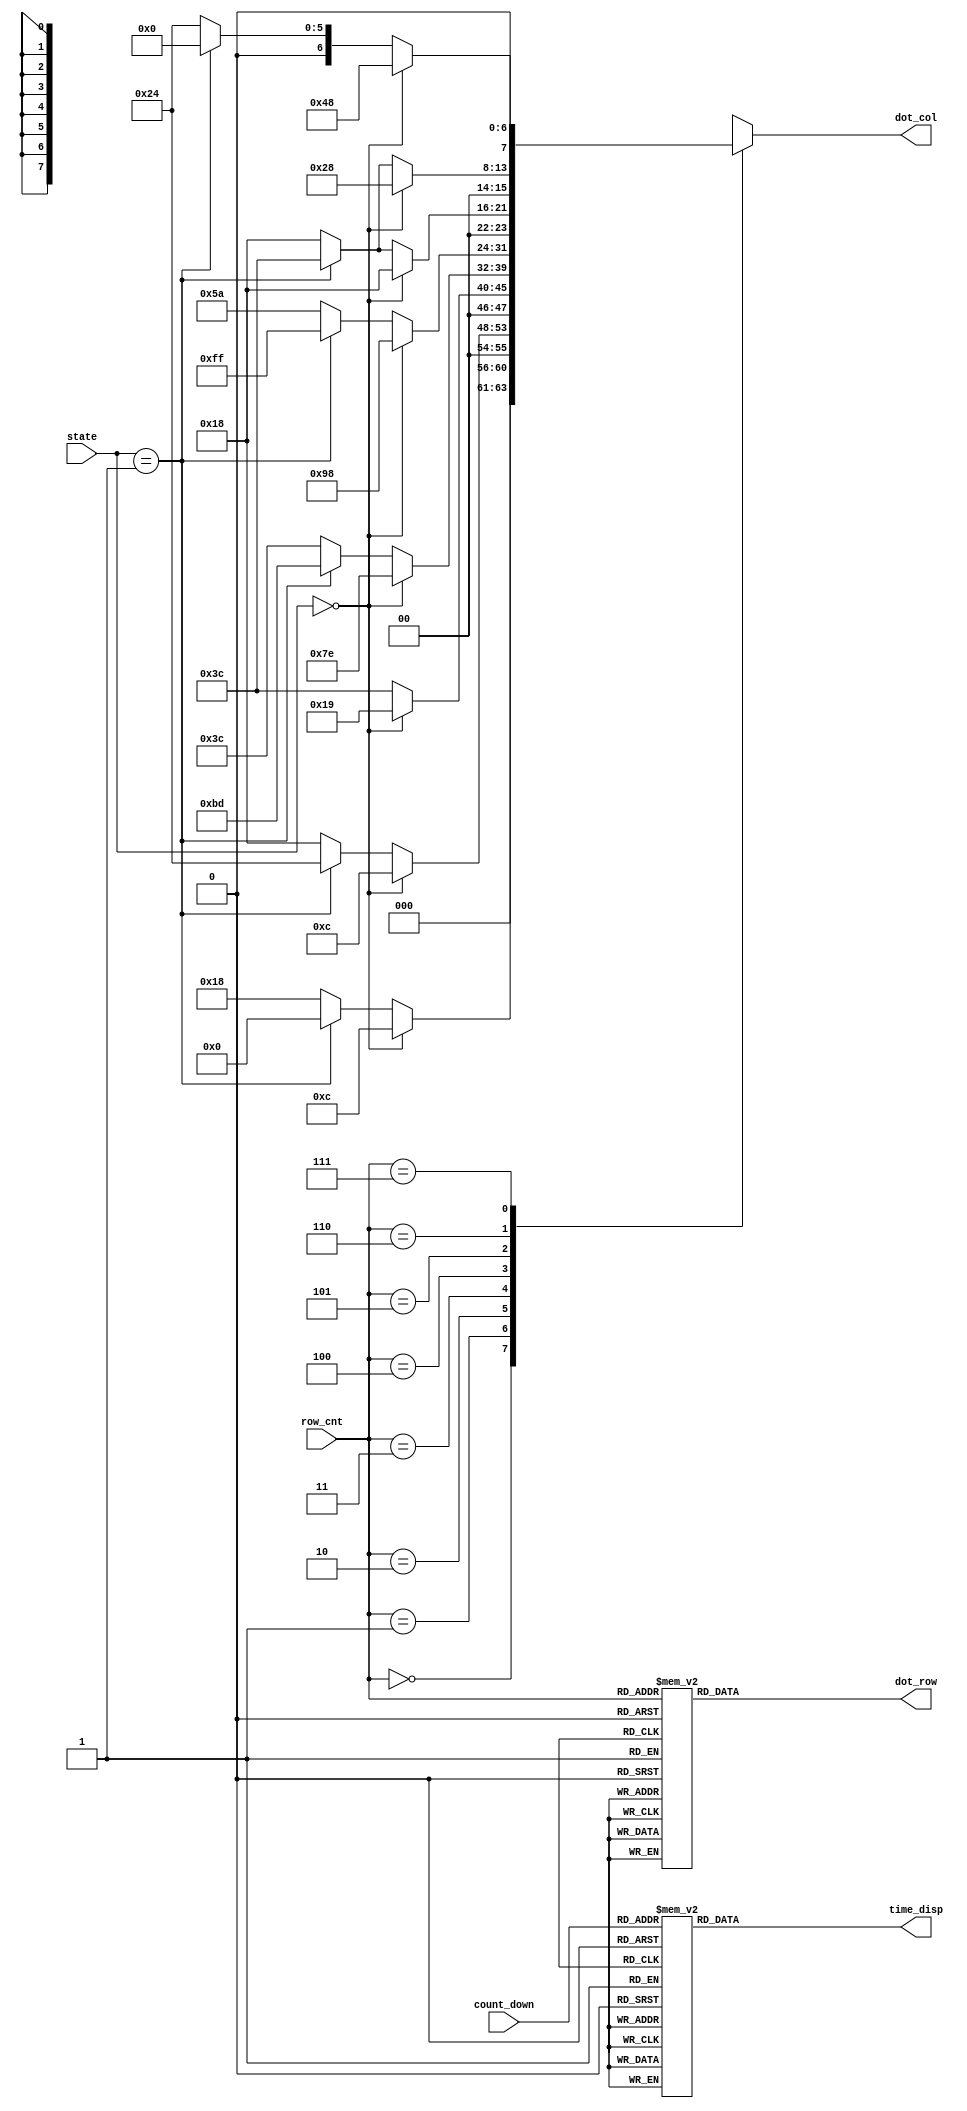
module Displayer( state, row_cnt, count_down, time_disp, dot_row, dot_col );

input [1:0] state;
input [2:0] row_cnt;
input [3:0] count_down;
output reg [6:0] time_disp;
output reg [7:0] dot_row, dot_col;

// display count down f~0
always@( count_down ) begin
	case( count_down )
		4'b 0000 : time_disp = 7'b1000000;
		4'b 0001 : time_disp = 7'b1111001;
		4'b 0010 : time_disp = 7'b0100100;
		4'b 0011 : time_disp = 7'b0110000;
		4'b 0100 : time_disp = 7'b0011001;
		4'b 0101 : time_disp = 7'b0010010;
		4'b 0110 : time_disp = 7'b0000010;
		4'b 0111 : time_disp = 7'b1011000;
		4'b 1000 : time_disp = 7'b0000000;
		4'b 1001 : time_disp = 7'b0010000;
		4'b 1010 : time_disp = 7'b0001000;
		4'b 1011 : time_disp = 7'b0000011;
		4'b 1100 : time_disp = 7'b1000110;
		4'b 1101 : time_disp = 7'b0100001;
		4'b 1110 : time_disp = 7'b0000110;
		4'b 1111 : time_disp = 7'b0001110;
		default  : time_disp = 7'b1000000;
	endcase
end

// show traffic light
always@( row_cnt ) begin
	// set row
	case( row_cnt )
		3'd0  : dot_row = 8'b01111111;
		3'd1  : dot_row = 8'b10111111;
		3'd2  : dot_row = 8'b11011111;
		3'd3  : dot_row = 8'b11101111;
		3'd4  : dot_row = 8'b11110111;
		3'd5  : dot_row = 8'b11111011;
		3'd6  : dot_row = 8'b11111101;
		3'd7  : dot_row = 8'b11111110;
		default  : dot_row = 8'b01111111;
	endcase
	// set col
	case( row_cnt )
		3'd0  : dot_col = state==2'd0 ? 8'b00001100 		 : state==2'd1 ? 8'b00000000	 : 8'b00011000 ;
		3'd1  : dot_col = state==2'd0 ? 8'b00001100		 : state==2'd1 ? 8'b00100100	 : 8'b00011000 ;
		3'd2  : dot_col = state==2'd0 ? 8'b00011001		 : state==2'd1 ? 8'b00111100	 : 8'b00111100 ;
		3'd3  : dot_col = state==2'd0 ? 8'b01111110		 : state==2'd1 ? 8'b10111101	 : 8'b00111100 ;
		3'd4  : dot_col = state==2'd0 ? 8'b10011000		 : state==2'd1 ? 8'b11111111	 : 8'b01011010 ;
		3'd5  : dot_col = state==2'd0 ? 8'b00011000		 : state==2'd1 ? 8'b00111100	 : 8'b00011000 ;
		3'd6  : dot_col = state==2'd0 ? 8'b00101000		 : state==2'd1 ? 8'b00111100	 : 8'b00011000 ;
		3'd7  : dot_col = state==2'd0 ? 8'b01001000		 : state==2'd1 ? 8'b00000000	 : 8'b00100100 ;
		default  : dot_col = state==2'd0 ? 8'b00001100   : state==2'd1 ? 8'b00000000	 : 8'b00011000 ;
	endcase
	
end
endmodule